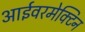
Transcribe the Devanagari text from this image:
आईवरमेक्टिन